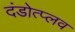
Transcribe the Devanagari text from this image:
दंडोत्प्लव